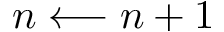
n \longleftarrow n + 1